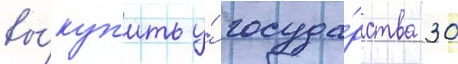
вы́куп'ить у́ госуда́рства 30